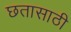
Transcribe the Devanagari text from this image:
छतासाठी